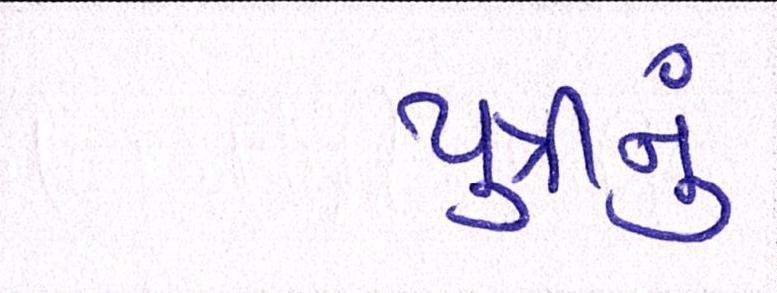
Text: પુત્રીનું